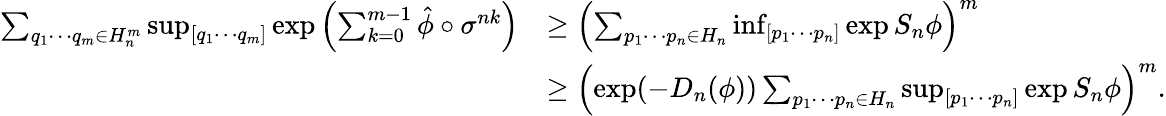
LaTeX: \begin{array}{rl}{\sum_{q_{1}\cdots q_{m}\in H_{n}^{m}}\operatorname*{sup}_{[q_{1}\cdots q_{m}]}\exp\left({\sum_{k=0}^{m-1}\hat{\phi}\circ\sigma^{nk}}\right)}&{\geq\left(\sum_{p_{1}\cdots p_{n}\in H_{n}}\operatorname*{inf}_{[p_{1}\cdots p_{n}]}\exp S_{n}\phi\right)^{m}}\\ &{\geq\left(\exp(-D_{n}(\phi))\sum_{p_{1}\cdots p_{n}\in H_{n}}\operatorname*{sup}_{[p_{1}\cdots p_{n}]}\exp S_{n}\phi\right)^{m}.}\end{array}